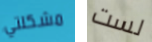
مشكلتي لست